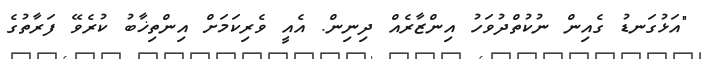
"އަޅުގަނޑު ގެއިން ނުކުތްދުވަހު އިންޒާރެއް ދިނިން. އެއީ ވެރިކަމަށް އިންތިޚާބު ކުރެވޭ ފަރާތުގެ